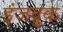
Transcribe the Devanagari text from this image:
इंजब्रुक